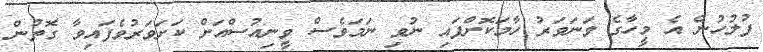
ފުލުހުން އެ މީހާގެ ވަނަވަރު ހާމަކޮށްފައި ނުވި ނަމަވެސް ވީނިއުސްއަށް ކަށަވަރުވެފައިވާ ގޮތުން